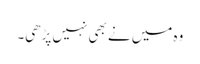
وہ میں نے بھی نہیں پڑھی۔